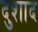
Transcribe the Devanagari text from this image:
दुशाद